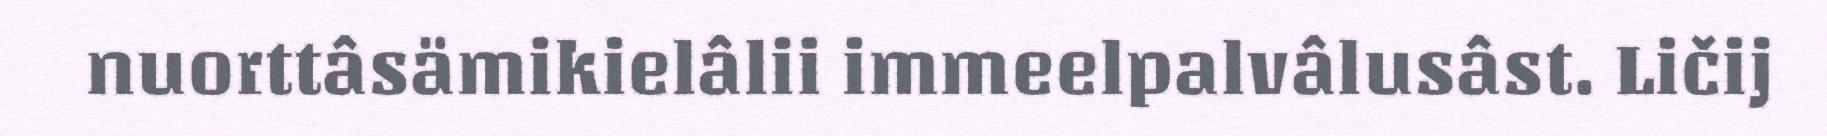
nuorttâsämikielâlii immeelpalvâlusâst. Ličij